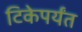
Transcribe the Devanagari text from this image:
टिकेपर्यंत